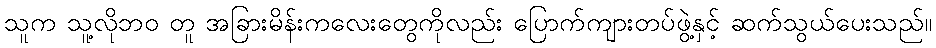
သူက သူ့လိုဘဝ တူ အခြားမိန်းကလေးတွေကိုလည်း ပြောက်ကျားတပ်ဖွဲ့နှင့် ဆက်သွယ်ပေးသည်။